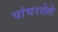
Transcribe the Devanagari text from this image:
पांघरलेले